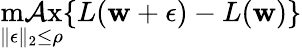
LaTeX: \operatorname*{m\mathcal{A}x}_{\| \mathbf{{\epsilon}}\| _{2}\leq\rho}\{ L(\mathbf{{w}}+\mathbf{{\epsilon}})-L(\mathbf{{w}})\}